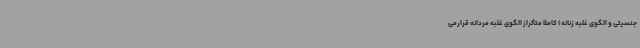
جنسیتی و الگوی غلبه زنانه) کاملا متأثراز الگوی غلبه مردانه قرارمی